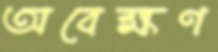
অবেক্ষণ